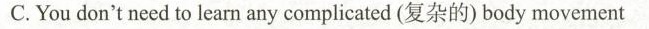
C.You don't need to lean anycomplicated(复杂的)bodymovement